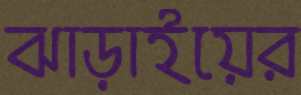
ঝাড়াইয়ের